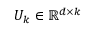
U _ { k } \in \mathbb { R } ^ { d \times k }